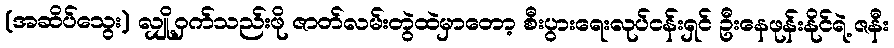
(အဆိပ်သွေး) လျှို့ဝှက်သည်းဖို ဇာတ်လမ်းတွဲထဲမှာတော့ စီးပွားရေးလုပ်ငန်းရှင် ဦးနေဖုန်းနိုင်ရဲ့ ဇနီး